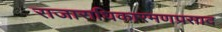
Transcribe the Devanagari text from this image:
राजाराधिकारमणप्रसाद